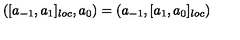
( [ a _ { - 1 } , a _ { 1 } ] _ { l o c } , a _ { 0 } ) = ( a _ { - 1 } , [ a _ { 1 } , a _ { 0 } ] _ { l o c } )